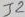
Text: J2